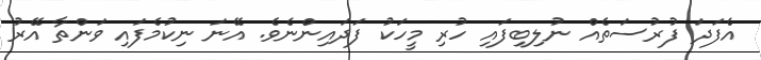
އެފަދަ ފުރުސަތެއް ނުލިބިފައި ހުރި މީހަކު ފަދައިންނެވެ. އޭނަ ނިކުމެފައި ވަންތާ އޭރު